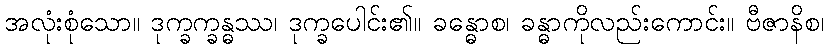
အလုံးစုံသော။ ဒုက္ခက္ခန္ဓဿ၊ ဒုက္ခပေါင်း၏။ ခန္ဓောစ၊ ခန္ဓာကိုလည်းကောင်း။ ဗီဇာနိစ၊